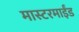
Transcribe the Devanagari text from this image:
मास्टरमाईंड